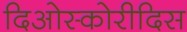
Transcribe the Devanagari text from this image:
दिओस्कोरीदिस